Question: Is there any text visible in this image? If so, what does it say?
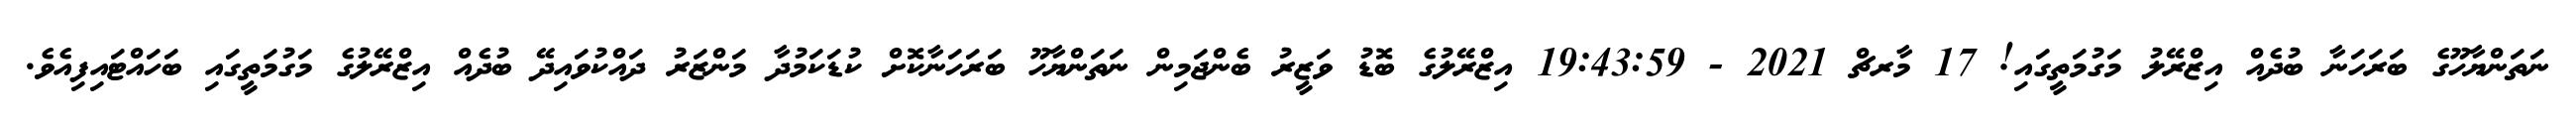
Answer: ނަތަންޔާހޫގެ ބަރަހަނާ ބުދެއް އިޒްރޭލު މަގުމަތީގައި! 17 މާރޗް 2021 - 19:43:59 އިޒްރޭލުގެ ބޮޑު ވަޒީރު ބެންޖަމިން ނަތަންޔާހޫ ބަރަހަނާކޮށް ކުޑަކަމުދާ މަންޒަރު ދައްކުވައިދޭ ބުދެއް އިޒްރޭލުގެ މަގުމަތީގައި ބަހައްޓައިފިއެވެ.